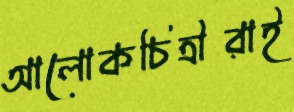
আলোকচিত্রীরাই